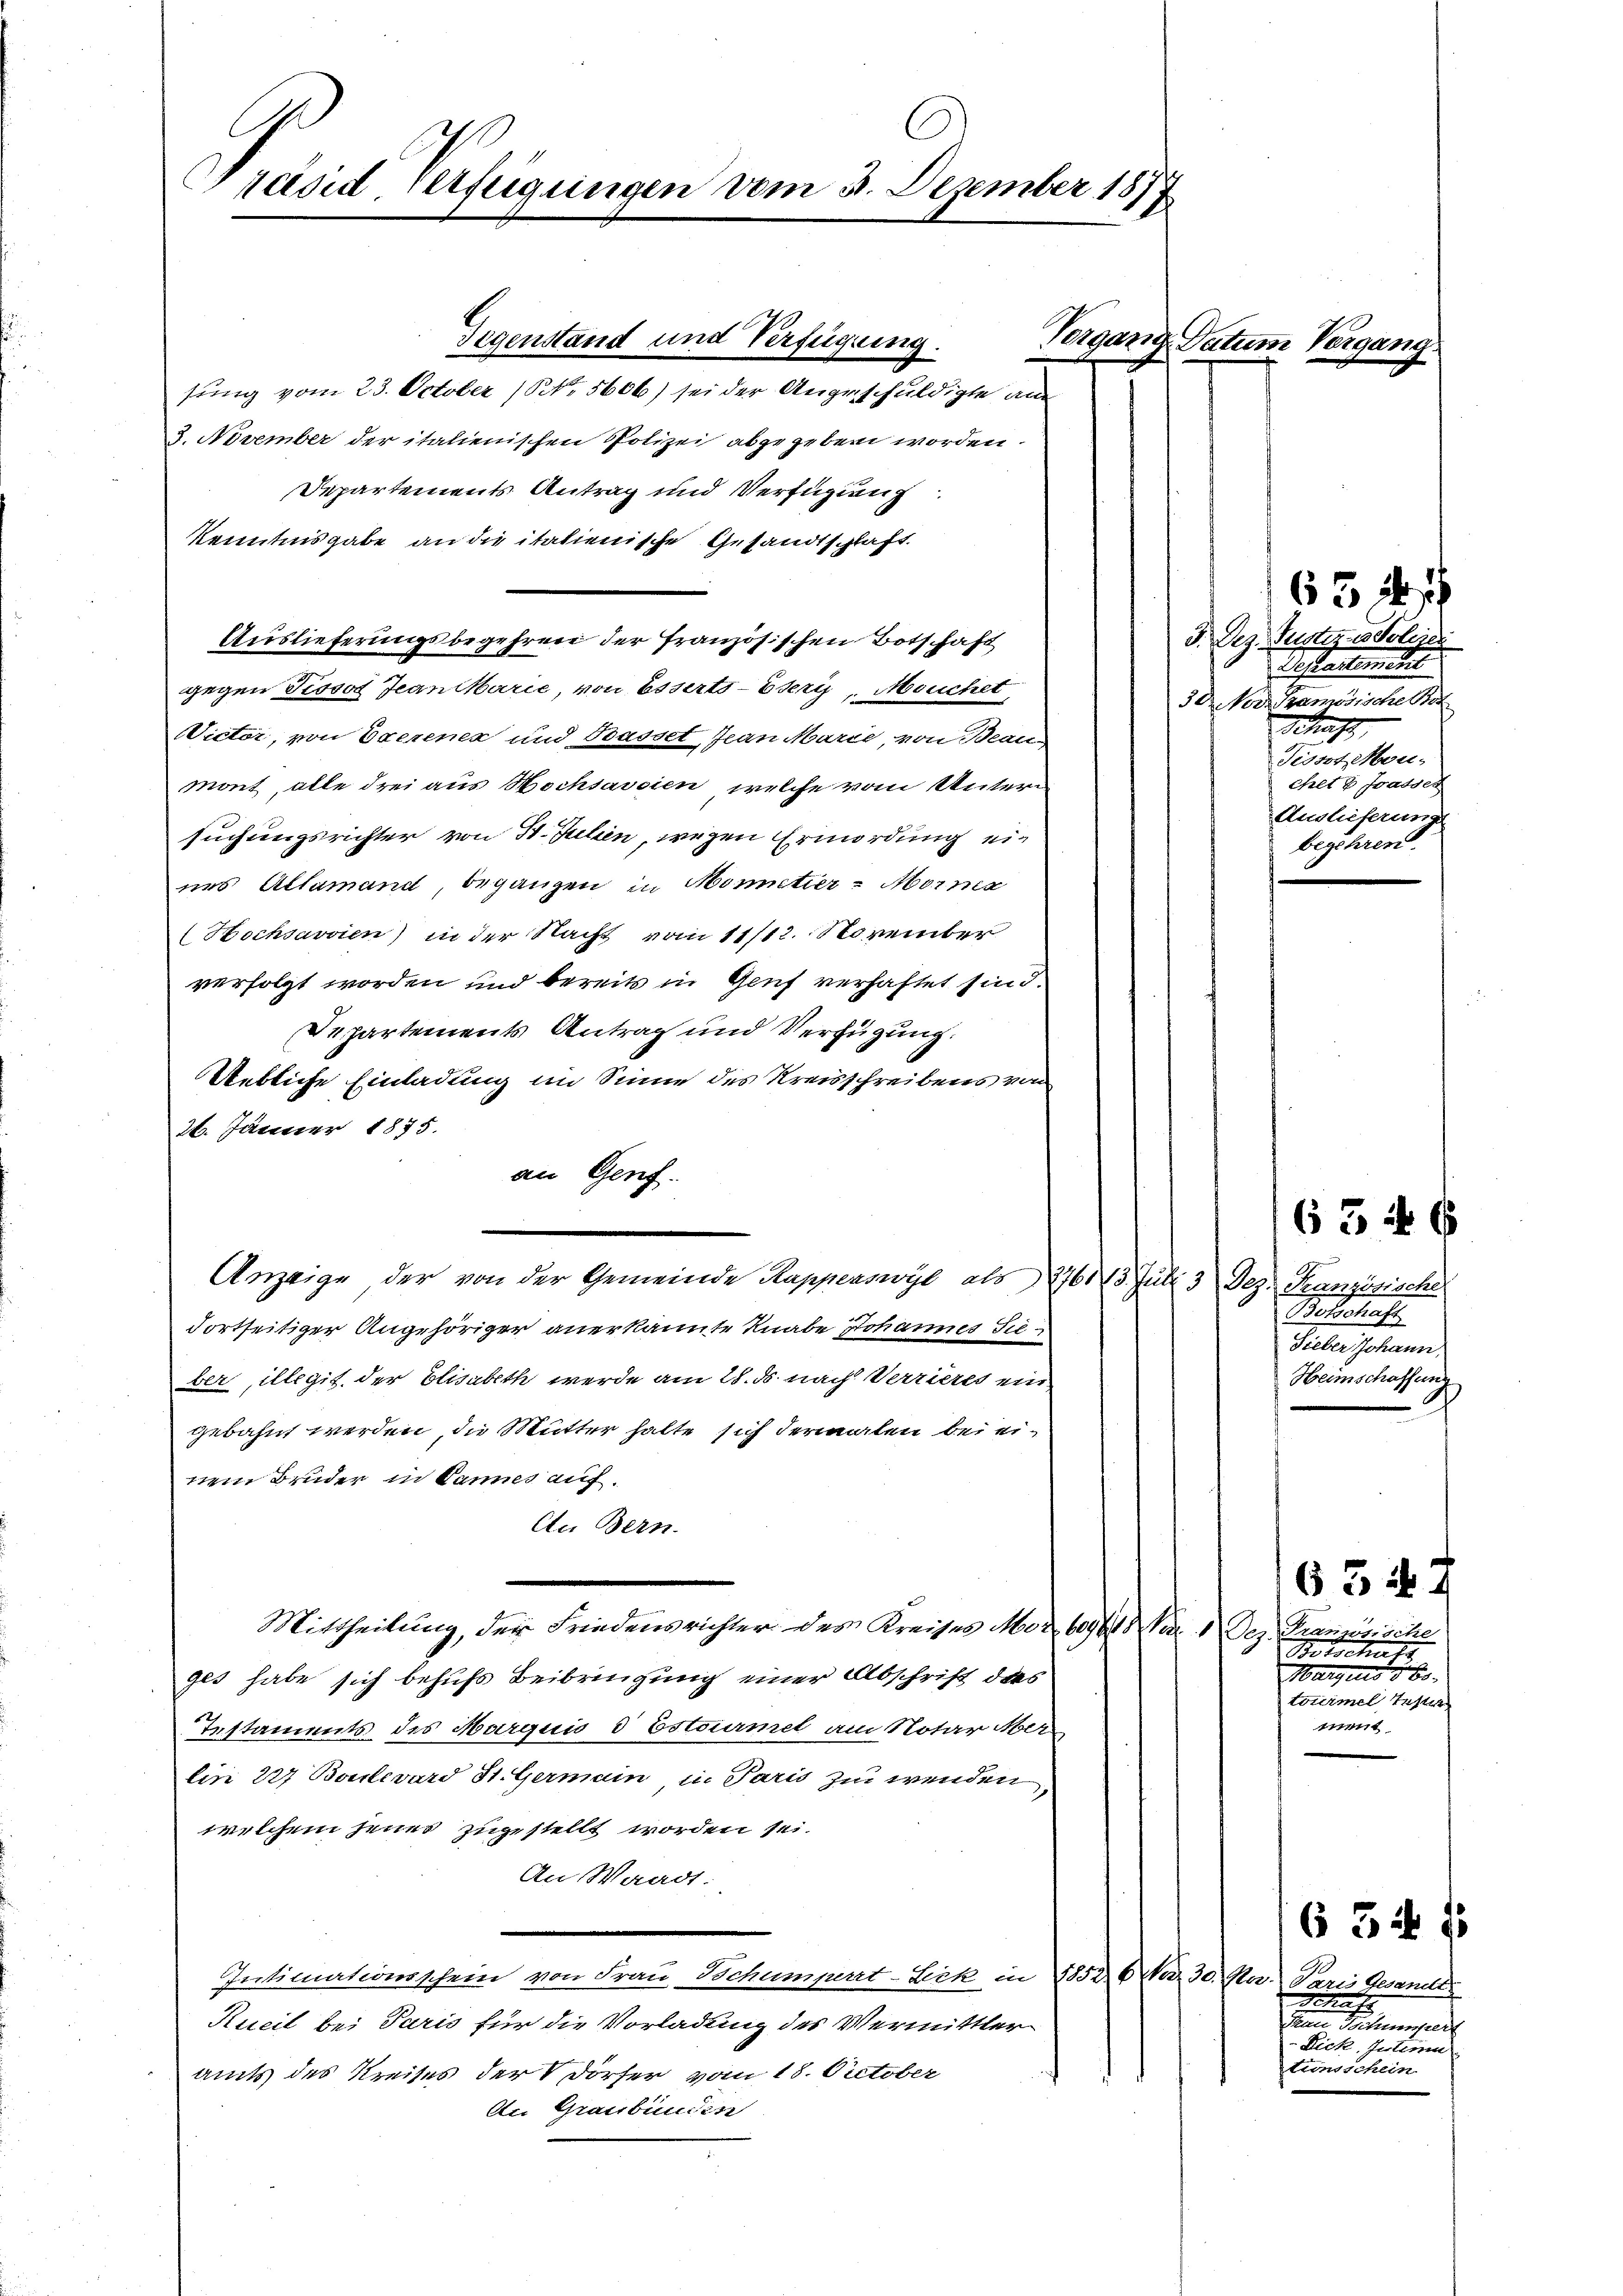
Präsid. Verfügungen vom 3. Dezember 1877

Auslieferungsbegehren der französischen Botschaft

Gegenstand und Verfügung.

sung vom 23. October (NNo. 5606) sei der Angeschuldigte an
3. November der italienischen Polizei abgegeben worden.
Departements Antrag und Verfügung.
Kenntnisgabe an die italienische Gesandtschlaft.
gegen Pissot Jeanitarie, von Esserts - Esery, Mouchet,
Victor, von Exerenen und Basset, Jean Marie, von Beau-
mont, alle drei aus Hochsavoien, welche vom Untersuchungsrichter von 4. Julien, wegen Ermordung ein
nes Altamand, begangen in Mometier-Morna
Hochsavoien) in der Nacht vom 11/12. November
verfolgt worden und bereits in Genf verhaftet sind.
Departements Antrag und Verfügung.
Uebliche Einladung im Sinne des Kreisschreibens von
26. Jänner 1875.
an Genf.
Fortseitiger Angehöriger anerkannte Knabe Johannes Tie
ber, illegit der Elisabeth werde am 28. ds nach Verrieres ein
gebahnt werden, die Mutter halte sich dermalen bei einem Bruder in Dannes auf.
An Bern.
Mittheilung, der Friedensrichter des Kreises Mor. 6090er 1 Dez. Französische
ges habe sich behufs Beibringung einer Abschrift das
Testaments des Marquis d Estourmet am Notar Aber
lin 227 Boulevard St. Germain in Paris zu wenden,
welchem jenes zugestellt worden sei.
An Waadt.
Intimationsschein von Frau Jochumpert-Lik in 1852. 6. No. 30. Ja. Paris Gesandts
Kueil bei Paris für die Vorladung des Vermittler
amts des Kreises der V Dörfer vom 18. October
An Graubünden

Anzeige der von der Gemeinde Rapperswyl als 27613. Juli 3 Dez. Französische

Vergang Datum Vergan

65 ff
3. Dez. Justiz isoli
Distratentes
3 Dr. Nov. Tramosische Bot
Schaft
Tissot Mou-
chet u Frasses
Auslieferung
begehren.

Betschaft
Sieber Johann,
Heimschaffung

Botschatz
Marquis 588.
tourmel tester
ment

w
Denn Schumpert
Lick. Intimen
Einsschein

634 f

63 47

634 f